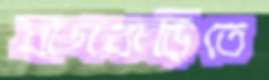
বাগবাড়িতে